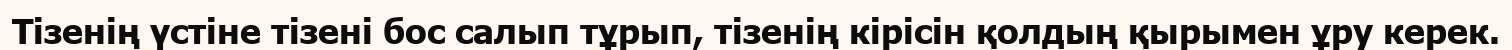
Тізенің үстіне тізені бос салып тұрып, тізенің кірісін қолдың қырымен ұру керек.